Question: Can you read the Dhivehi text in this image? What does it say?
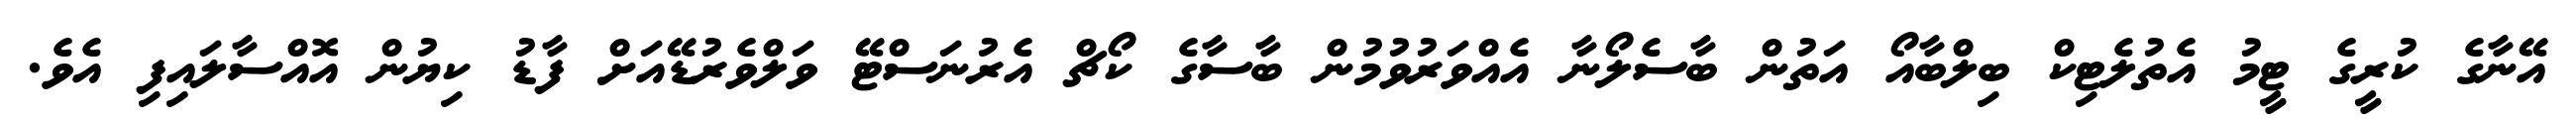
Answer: އޭނާގެ ކުރީގެ ޓީމު އެތުލެޓިކް ބިލްބާއޯ އަތުން ބާސެލޯނާ އެއްވަރުވުމުން ބާސާގެ ކޯޗް އެރުނަސްޓޭ ވަލްވެރުޑޭއަށް ފާޑު ކިޔުން އޮއްސާލައިފި އެވެ.